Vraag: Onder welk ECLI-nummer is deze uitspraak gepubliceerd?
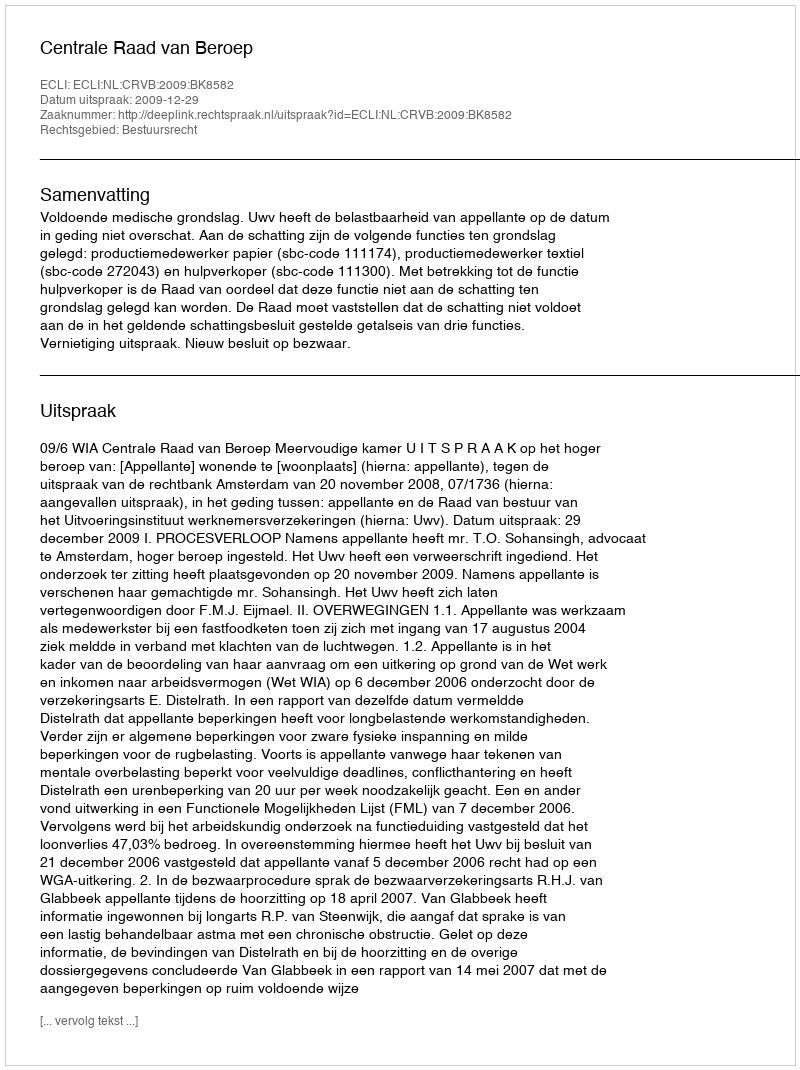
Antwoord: ECLI:NL:CRVB:2009:BK8582